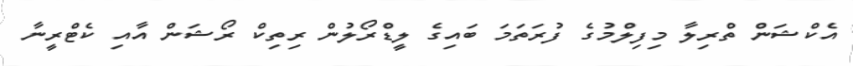
އެކްޝަން ތްރިލާާ މިފިލްމުގެ ފުރަތަމަ ބައިގެ ލީޑްރޯލުން ރިތިކް ރޯޝަން އާއި ކެޓްރީނާ